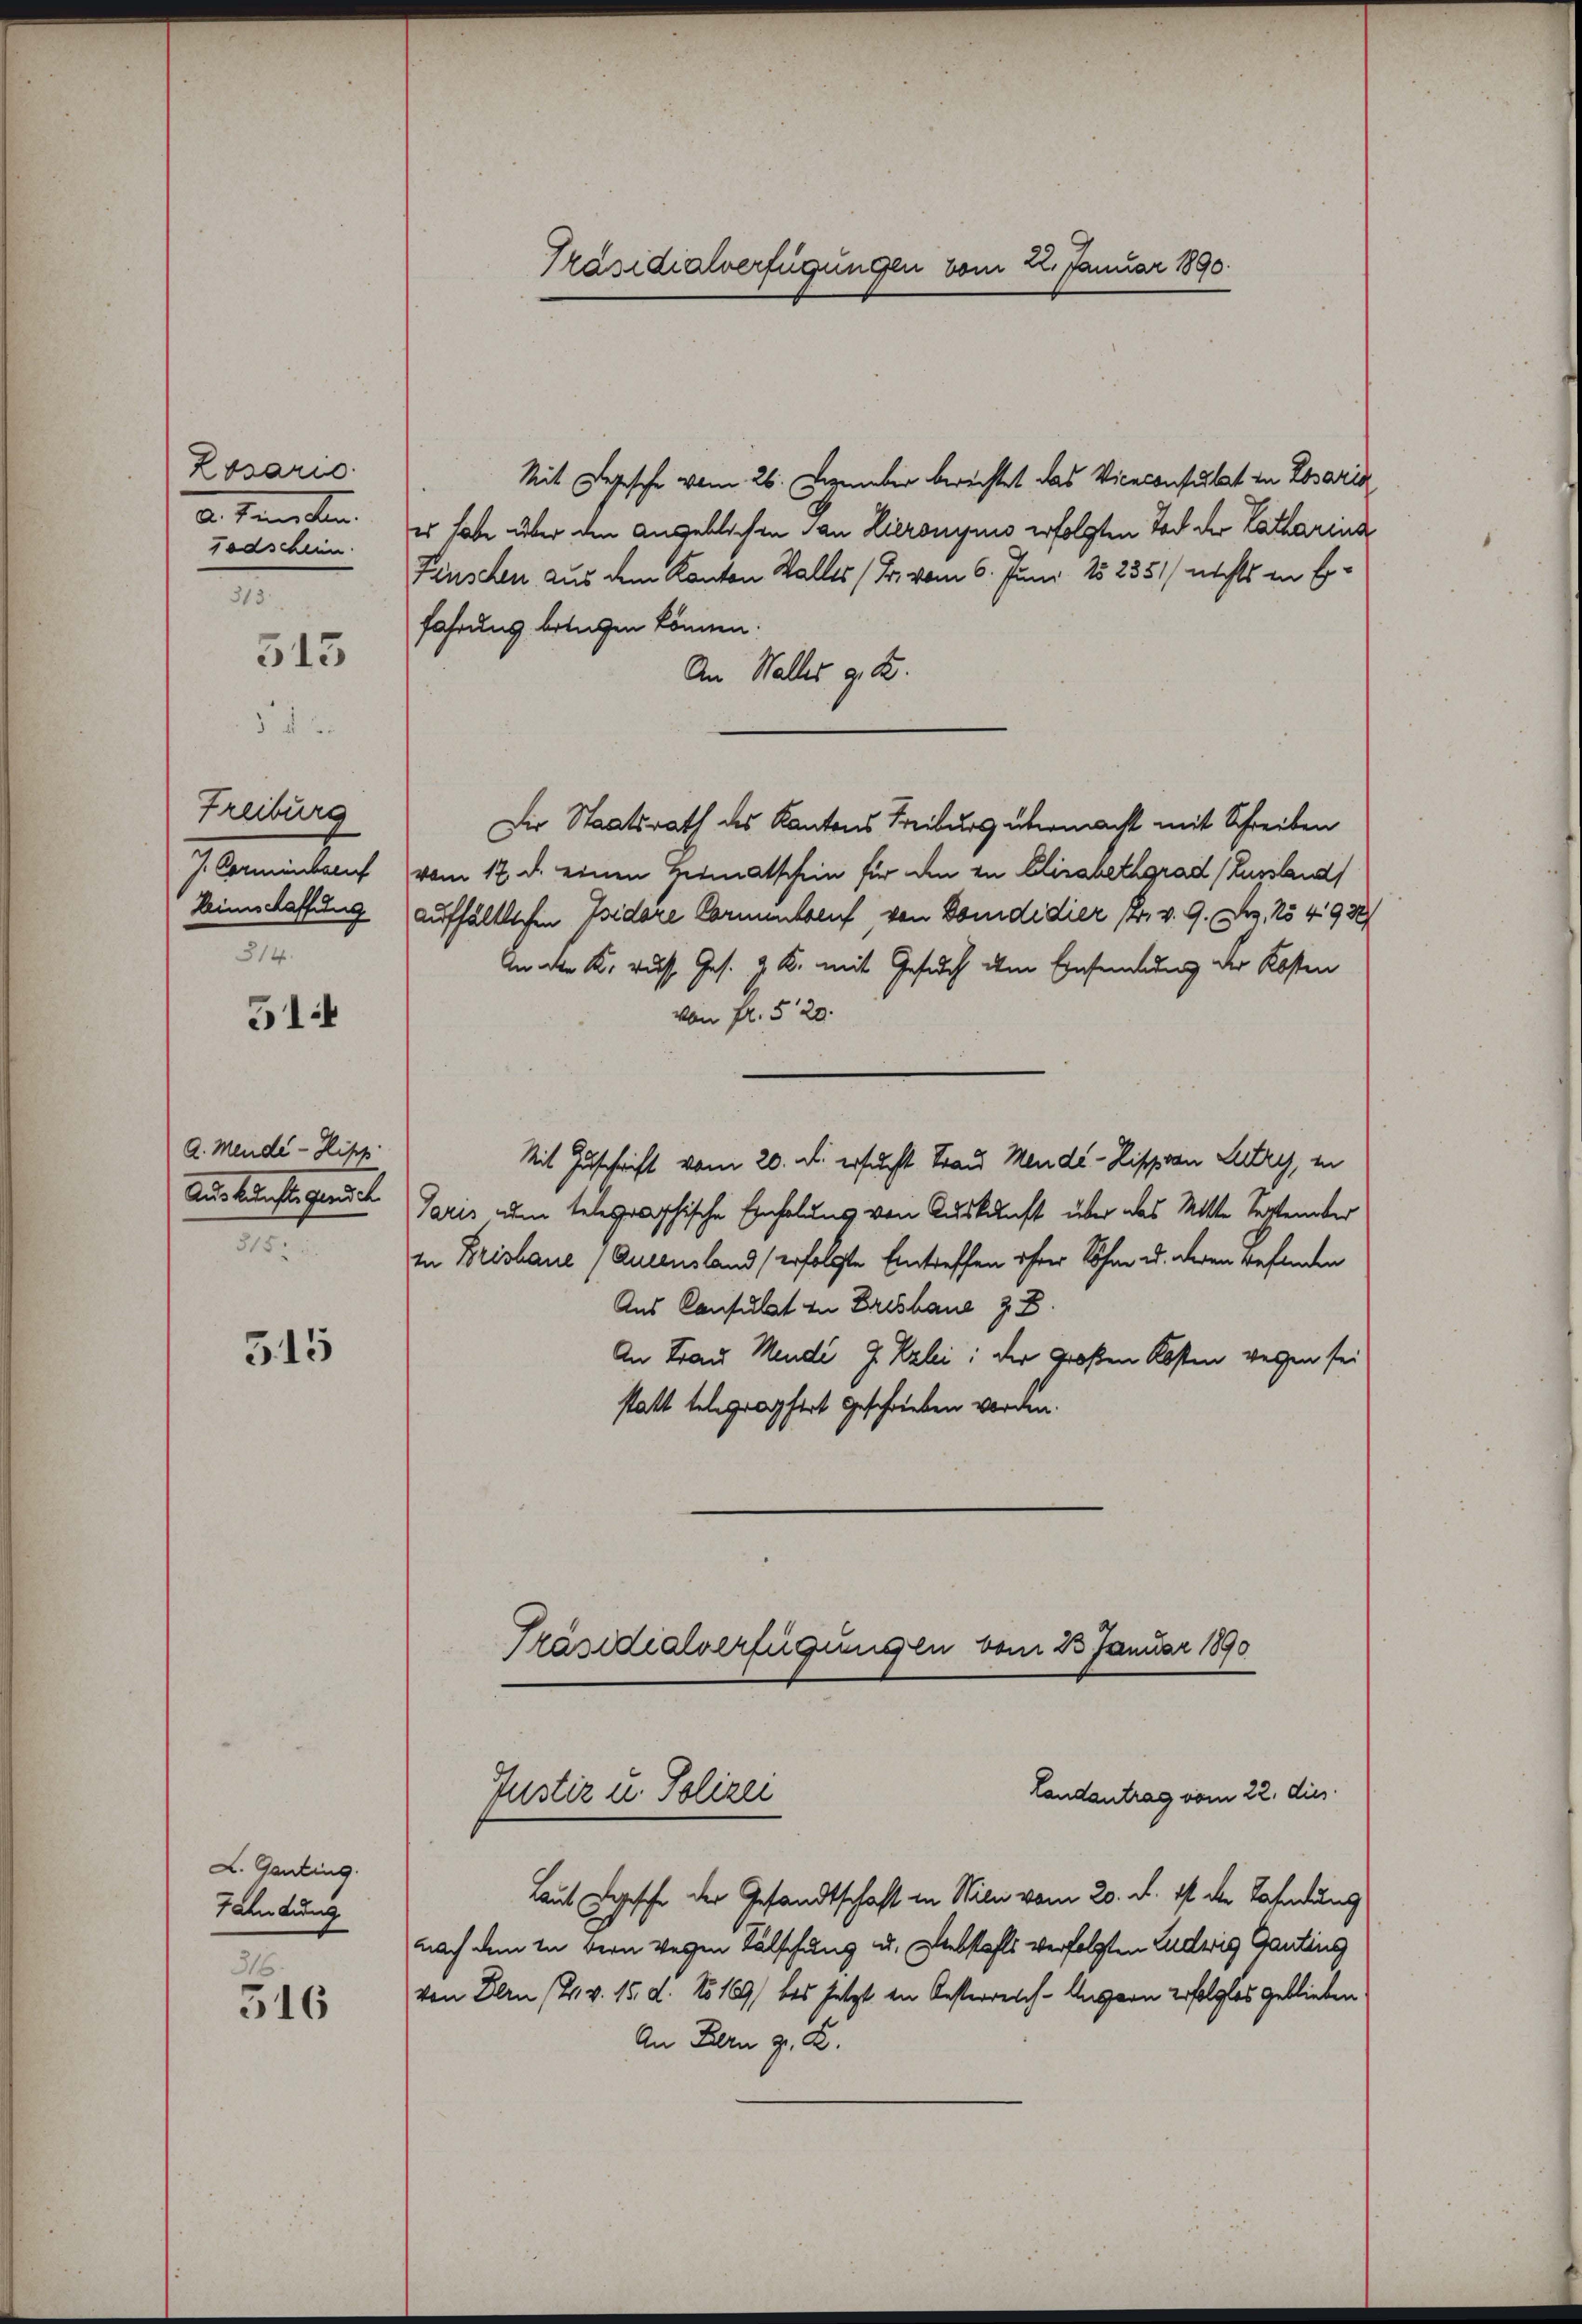
Losaris
2. Seiten.
Todschein.
313

513

Freiburg
J. Formenberuf
Heimschaffung
314.

314

a. Mende - Hipp
Auskunft gerich
315.

315

L. Ganting.
Fahndung

316.
516

Präsidialverfügungen vom 22. Januar 1890.

Mit Depesche vom 26. Dezember bereichtet das Viceconsulat in Losaria
er habe über den angeblichen San Hieronymis erfolgten Tod der Katharina
Feuschen aus dem Kanton Walles (Fr. vom 6. Juni 182351/ nichts in Erfahrung betagen können.
An Walles g. T.
Die Staatsrath des Kantons Freiburg übermacht mit Schreiben
vom 17. d. einen Heimatschein für den in Elisabethgrad (Lussland
aufhältlichen Isidore Cormentsauf von Domdidier, Pr. v. 9. Dez. 15493/
An der K. russ Ges. z. B. mit Gesuch dem Einsamlung der Kosten
von fl. 520.
Mit Zuschrift vom 20. d. ersucht Frau Mende - Zippian Lutry, in
Paris um telegraphische Einholung von Auskunft über das Mitte September
In Brishaue (Autensland erfolgte Eintreffen ihrer Söhne u. deren befinden
Aus Consulst zu Ertshaue z. B.
An Frau Mende G. Kzlei: der Großen Kosten wegen sei
statt telegrapfert geschrieben worden.
Prädialverfügungen vom 23 Januar 1890

Laut Regische der Gesandtschaft in Milii vom 20. d. ist die Fahndung
nach dem in Bern Wegen Fälschung u. Diebstahls verfolgten Ludwig Gantins
von Bern (2. v. 15. d. No 169) bis jetzt in Oesterreich-Angern erfolglos geblieben
An Bern z. B.

Justiz u. Polizei
Landantrag vom 22. dies